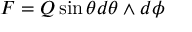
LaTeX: F = Q \sin \theta d \theta \wedge d \phi